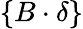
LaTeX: \{ B\cdot\delta\}